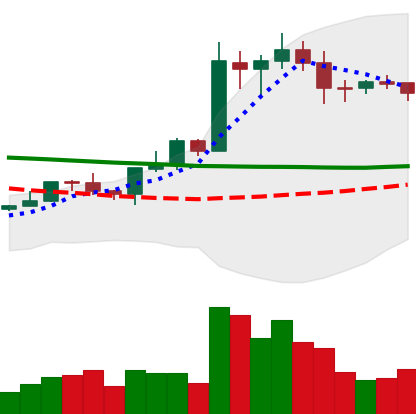
Ticker: EOS-USD
Chart end date: 2020-01-23
Forward return: 13.328%
Label: up_7plus